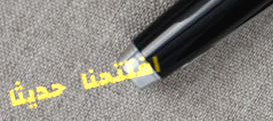
افتتحنا حديثاً